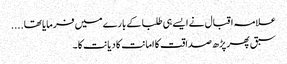
علامہ اقبال نے ایسے ہی طلبا کے بارے میں فرمایا تھا....
سبق پھر پڑھ صداقت کا امانت کا دیانت کا۔